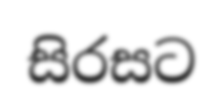
සිරසට